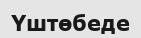
Үштөбеде